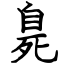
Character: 臰